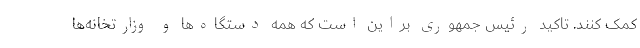
کمک کنند. تاکید رئیس جمهوری براین است که همه دستگاه‌ها و وزارتخانه‌ها